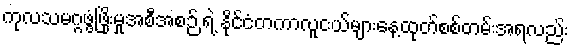
ကုလသမဂ္ဂဖွံ့ဖြိုးမှုအစီအစဉ် ရဲ့ နိုင်ငံတကာလူငယ်များနေ့ထုတ်စစ်တမ်းအရလည်း